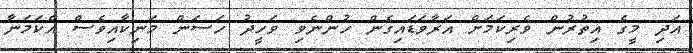
އަދި މީގެ އިތުރުން ވެރިކަމަށް އަރާވަޑައިގެން ހުންނެވި ވަހީދު ހަސަން މަނިކާއިވެސް އެކަމަނާ